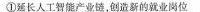
①延长人工智能产业链，创造新的就业岗位